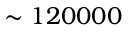
\sim 1 2 0 0 0 0